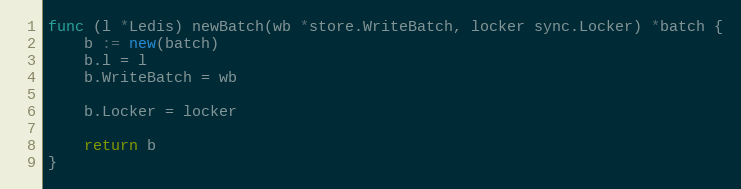
Language: Go
func (l *Ledis) newBatch(wb *store.WriteBatch, locker sync.Locker) *batch {
	b := new(batch)
	b.l = l
	b.WriteBatch = wb

	b.Locker = locker

	return b
}